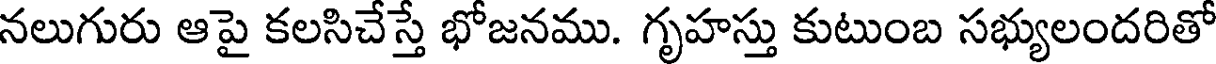
నలుగురు ఆపై కలసిచేస్తే భోజనము. గృహస్తు కుటుంబ సభ్యులందరితో